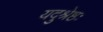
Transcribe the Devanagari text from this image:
यदुश्रेष्ठः